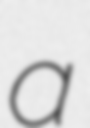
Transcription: a